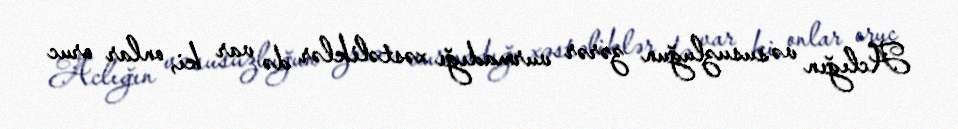
Aclığın və susuzluğun zərər vurmadığı xəstəliklər də var ki, onlar oruc